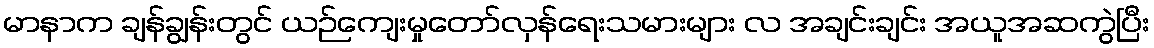
မာနာက ချန်ချွန်းတွင် ယဉ်ကျေးမှုတော်လှန်ရေးသမားများ လ အချင်းချင်း အယူအဆကွဲပြီး